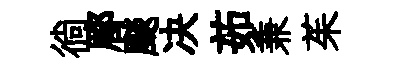
徜郿颷决茹兼茱